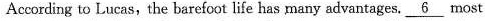
According to Lucas,the barefoot life has many advantages. \underline{6} most